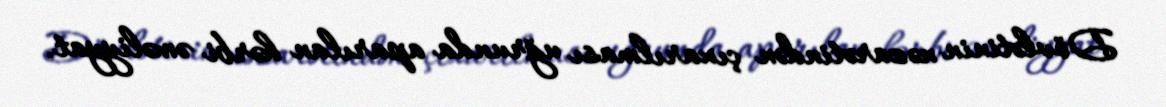
Dövlətinin nəzarətindən çıxarılması uğrunda aparılan hərbi əməliyyat.